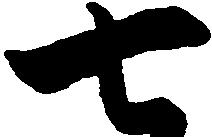
七